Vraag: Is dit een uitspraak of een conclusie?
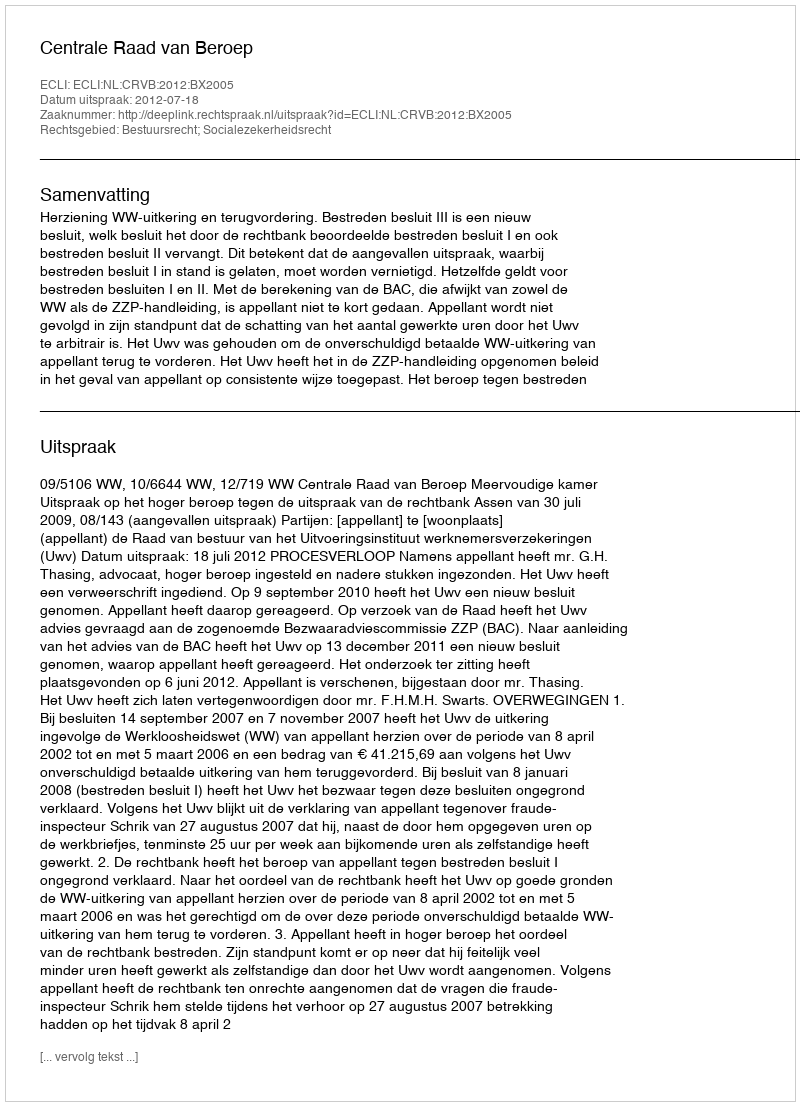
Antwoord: Uitspraak